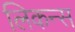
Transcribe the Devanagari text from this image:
लिकन्स